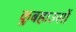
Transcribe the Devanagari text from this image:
क्लबहाउसों